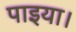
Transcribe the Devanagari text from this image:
पाइया।